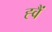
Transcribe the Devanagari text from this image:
ह्वैं